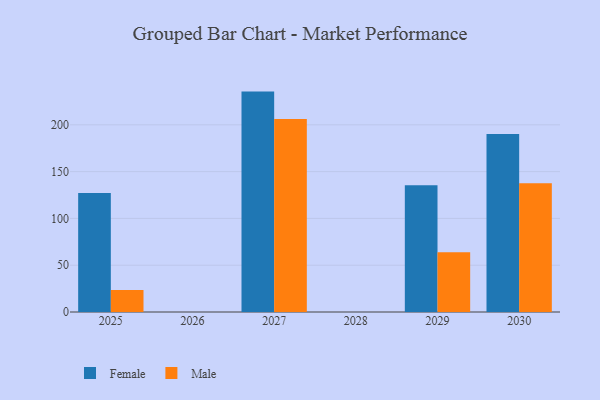
{"axis": {"x": "Year", "y": "Latency (ms)"}, "legend": ["Female", "Male"], "data": [{"x": "2025", "y": 127.1, "type": "Female"}, {"x": "2025", "y": 23.5, "type": "Male"}, {"x": "2027", "y": 235.5, "type": "Female"}, {"x": "2027", "y": 206.3, "type": "Male"}, {"x": "2029", "y": 135.4, "type": "Female"}, {"x": "2029", "y": 63.9, "type": "Male"}, {"x": "2030", "y": 190.1, "type": "Female"}, {"x": "2030", "y": 137.7, "type": "Male"}]}